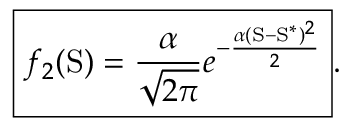
\boxed { f _ { 2 } ( \mathrm { S } ) = \frac { \alpha } { \sqrt { 2 \pi } } e ^ { - \frac { \alpha ( \mathrm { S } - \mathrm { S } ^ { \ast } ) ^ { 2 } } { 2 } } } .